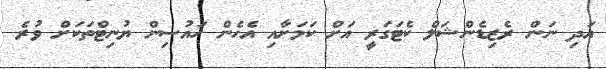
އަދި ނަން ރެޒިޑެންޝަލް ކެޓަގަރީ އަށް ކަމަށާއި އެހެން ހައުސިން ޔުނިޓްތަކަށް ވުރެ